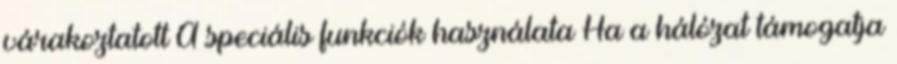
várakoztatott A speciális funkciók használata Ha a hálózat támogatja